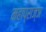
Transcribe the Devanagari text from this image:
महाप्राज्ञ